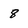
Character: 8